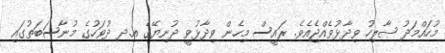
މުހައްމަދު ޞާލިހު ވިދާޅުވެއްޖެއެވެ. ރައީސް މިހެން ވިދާޅުވީ ދުނިޔޭގެ އ.ދ ދުވަހުގެ މުނާސަބަތުގައި